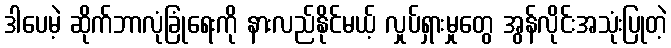
ဒါပေမဲ့ ဆိုက်ဘာလုံခြုံရေးကို နားလည်နိုင်မယ့် လှုပ်ရှားမှုတွေ အွန်လိုင်းအသုံးပြုတဲ့